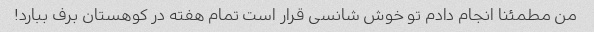
من مطمئنا انجام دادم تو خوش شانسی قرار است تمام هفته در کوهستان برف ببارد!